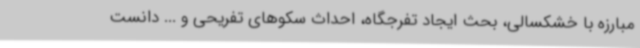
مبارزه با خشکسالی، بحث ایجاد تفرجگاه، احداث سکوهای تفریحی و ... دانست